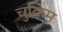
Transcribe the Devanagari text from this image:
चुकिम